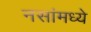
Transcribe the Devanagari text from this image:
नसांमध्ये